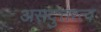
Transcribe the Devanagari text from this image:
असदुत्तरत्व